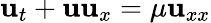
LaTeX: \mathbf{u}_{t}+\mathbf{u}\mathbf{u}_{x}=\mu\mathbf{u}_{xx}